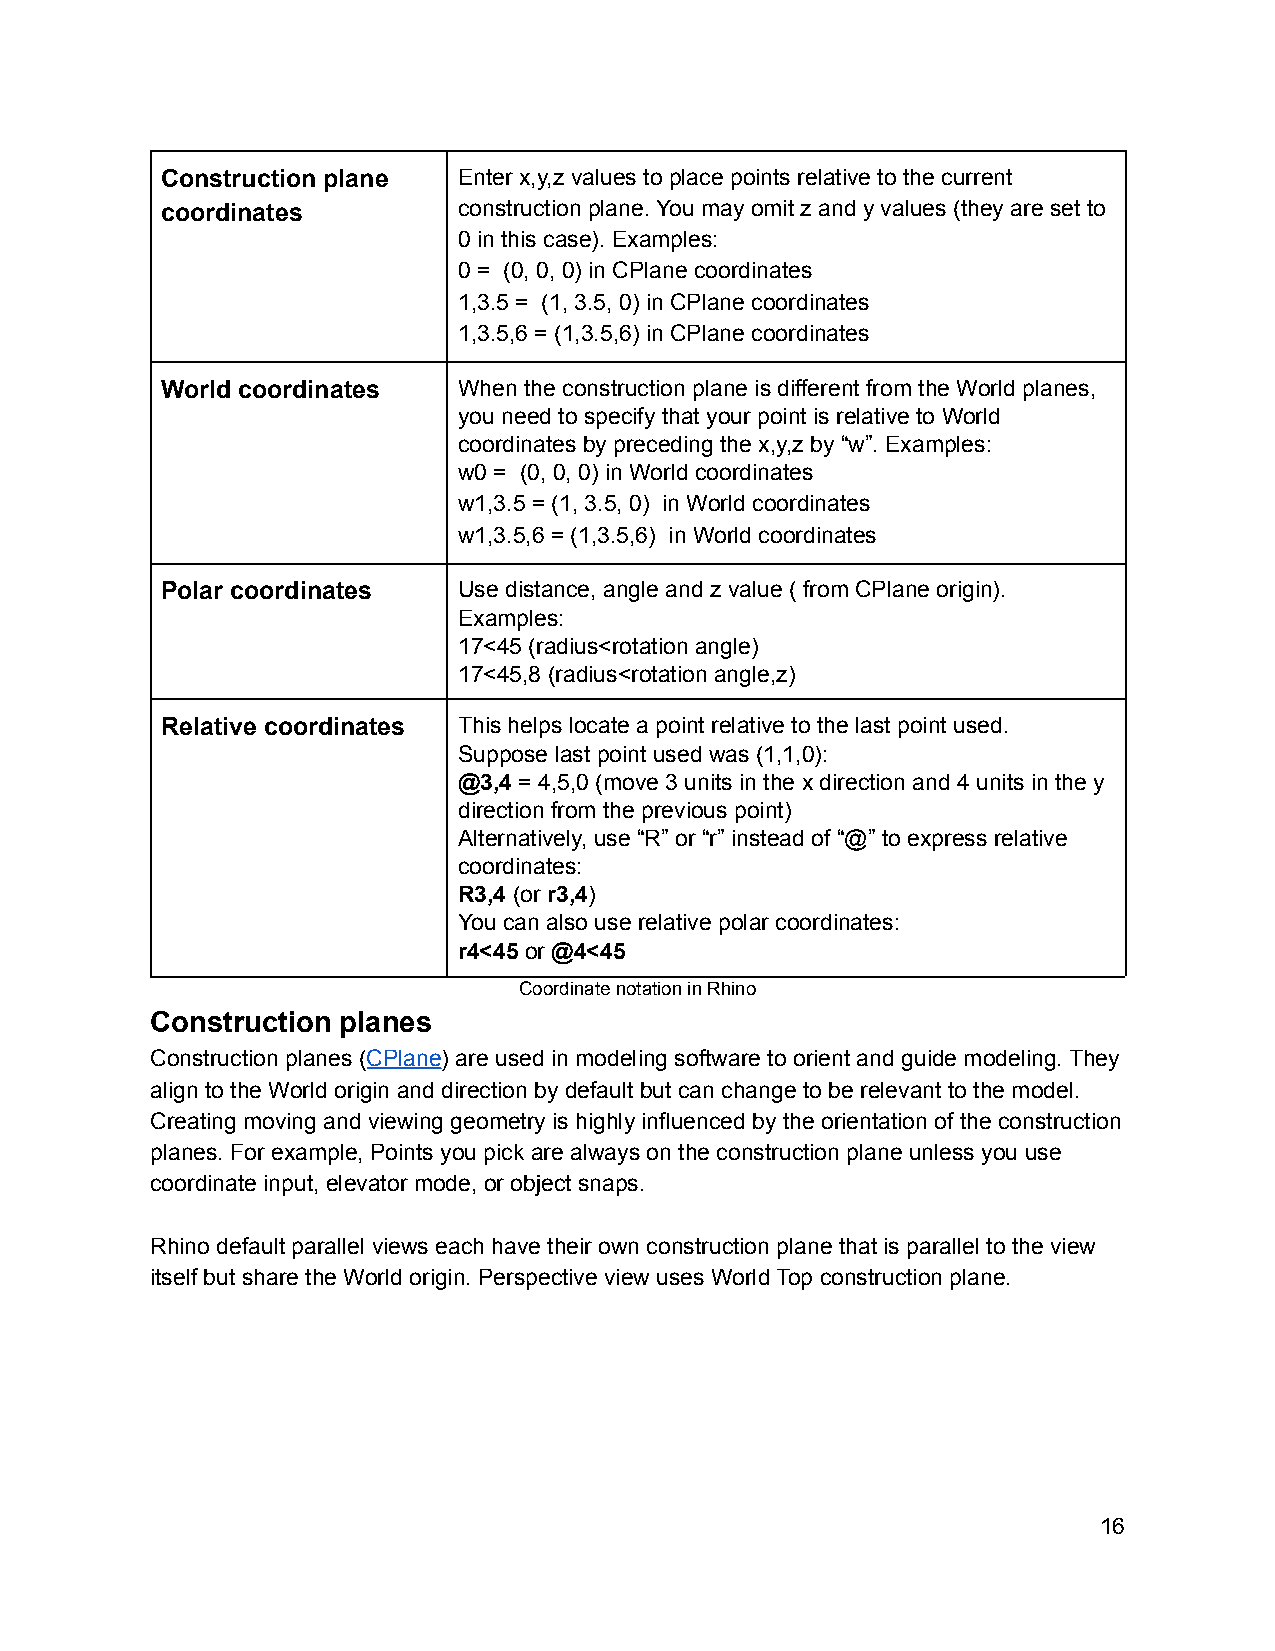
Construction plane Enter x,y,z values to place points relative to the current
 coordinates        construction plane. You may omit z and y values (they are set to
 0 in this case). Examples:
 0 = (0, 0, 0) in CPlane coordinates
 1,3.5 = (1, 3.5, 0) in CPlane coordinates
 1,3.5,6 = (1,3.5,6) in CPlane coordinates
 World coordinates  When the construction plane is different from the World planes,
 you need to specify that your point is relative to World
 coordinates by preceding the x,y,z by “w”. Examples:
 w0 = (0, 0, 0) in World coordinates
 w1,3.5 = (1, 3.5, 0) in World coordinates
 w1,3.5,6 = (1,3.5,6) in World coordinates
 Polar coordinates  Use distance, angle and z value ( from CPlane origin).
 Examples:
 17<45 (radius<rotation angle)
 17<45,8 (radius<rotation angle,z)
 Relative coordinates This helps locate a point relative to the last point used.
 Suppose last point used was (1,1,0):
 @3,4 = 4,5,0 (move 3 units in the x direction and 4 units in the y
 direction from the previous point)
 Alternatively, use “R” or “r” instead of “@” to express relative
 coordinates:
 R3,4 (or r3,4)
 You can also use relative polar coordinates:
 r4<45 or @4<45
 Coordinate notation in Rhino
 Construction planes
 Construction planes (CPlane) are used in modeling software to orient and guide modeling. They
 align to the World origin and direction by default but can change to be relevant to the model.
 Creating moving and viewing geometry is highly influenced by the orientation of the construction
 planes. For example, Points you pick are always on the construction plane unless you use
 coordinate input, elevator mode, or object snaps.
 Rhino default parallel views each have their own construction plane that is parallel to the view
 itself but share the World origin. Perspective view uses World Top construction plane.
 16